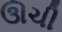
ઊચી